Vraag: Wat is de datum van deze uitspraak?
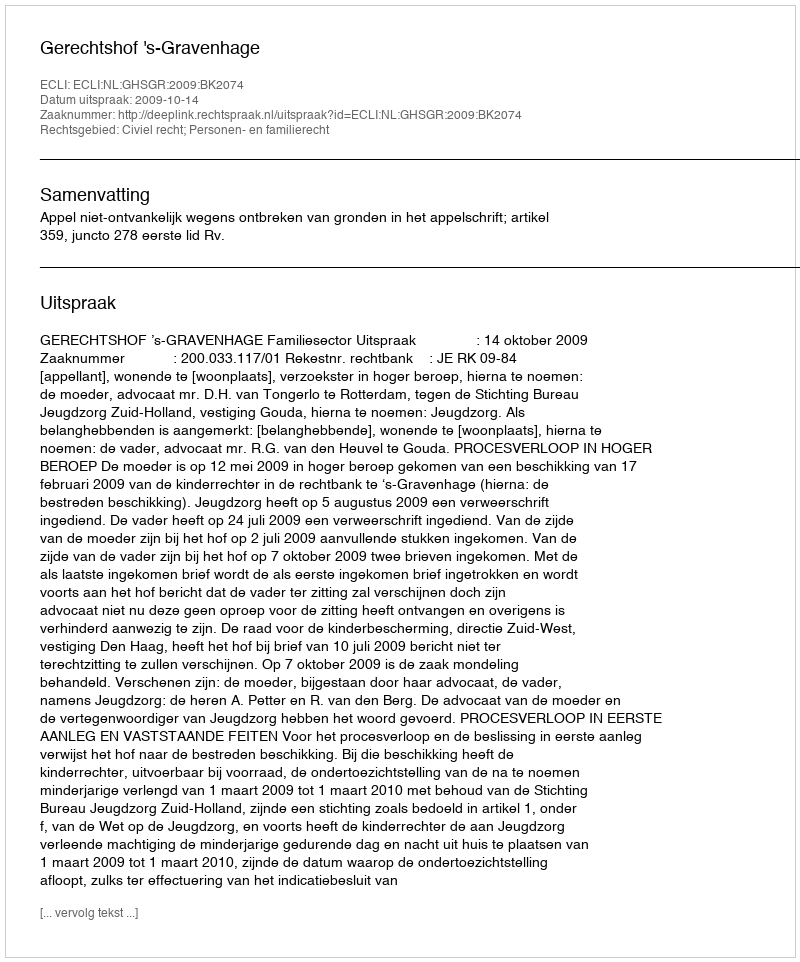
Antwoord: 2009-10-14